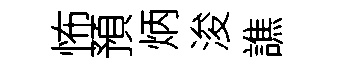
怖預炳浚譙